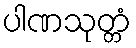
ပါဏသုတ္တံ